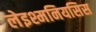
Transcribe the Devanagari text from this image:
लेइश्मनियसिस